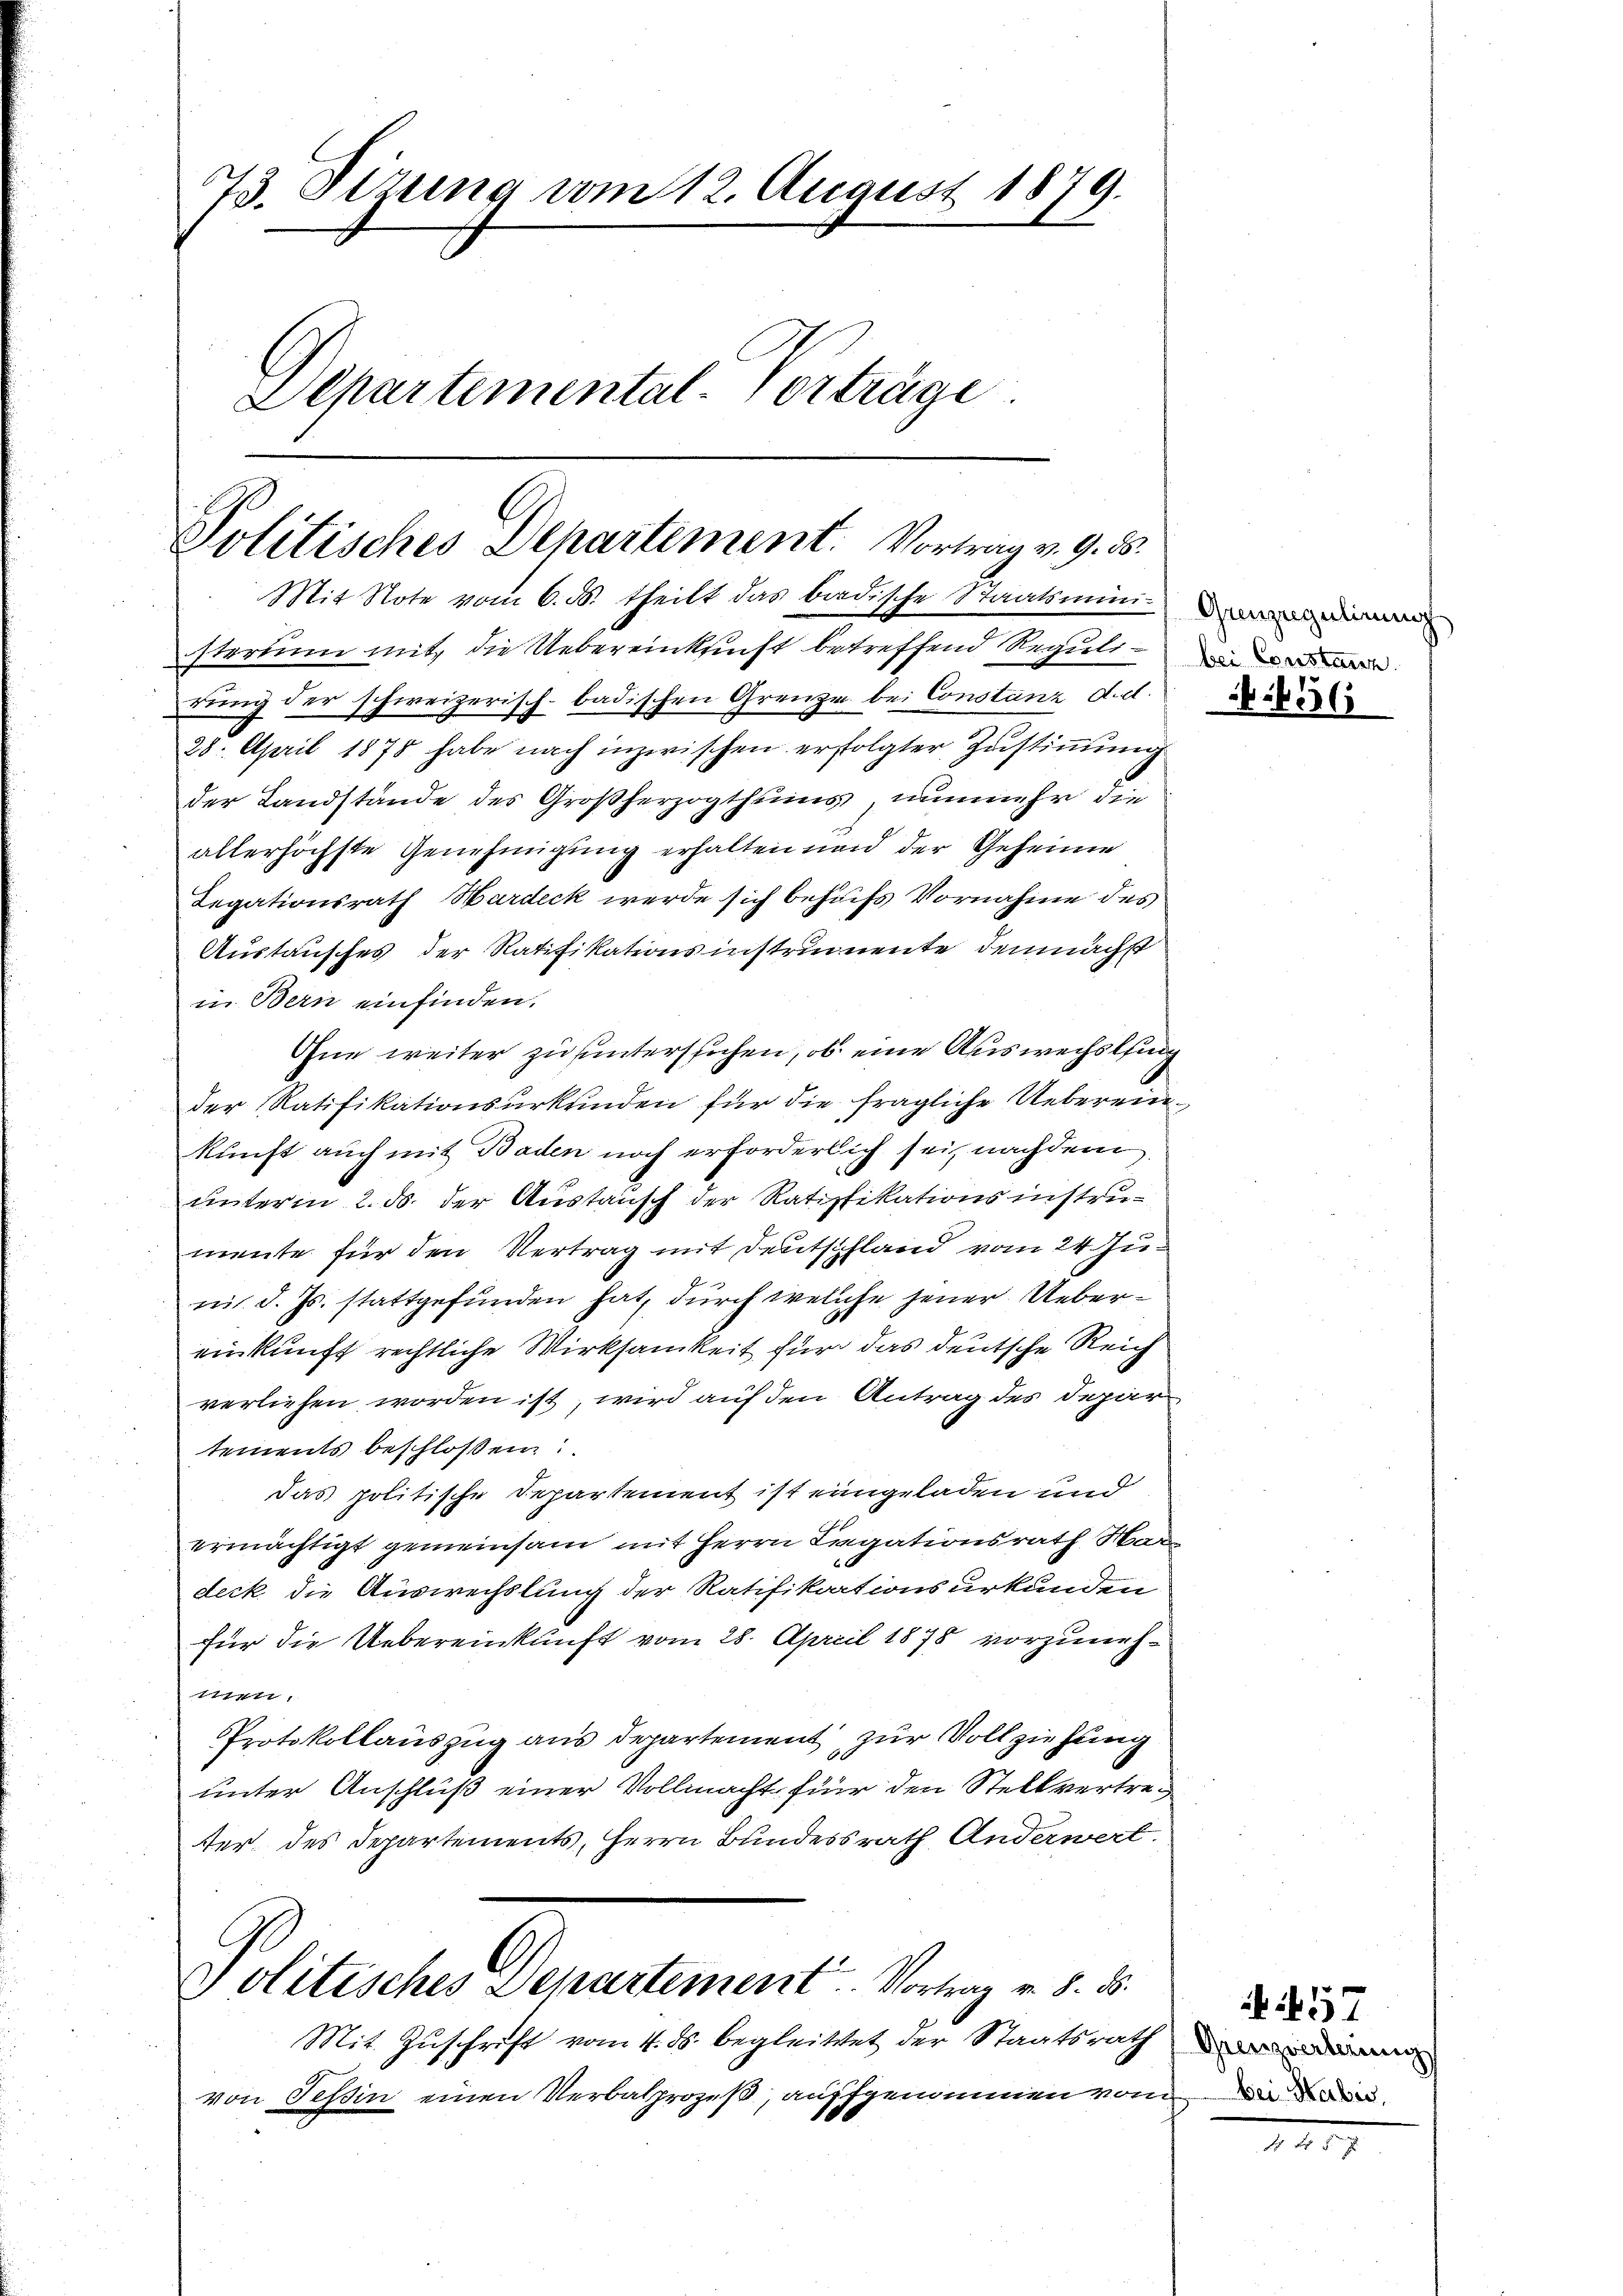
73. Sizung vom 12. August 1879.
Departemental-Verträge.

Politisches Dehartement. Vortrag v. 9. 55.
Mit Note vom 6. d. theilt das baadische Staatsmini¬

sterium mit, die Uebereinkunft betreffend Regulirung der schweizerisch-badischen Grenze bei Constanz d. d.
28. April 1878 habe nach inzwischen erfolgter Zustimmung
der Landstände des Großherzogthums, nunmehr die
allerhöchste Genehmigung erhalten und der Geheime
Legationsrath Hardeck werde sich behufs Vornahme des
Austausches der Ratifikationsinstrumente demnächst
in Bern einfinden.
Ohne weiter zu untersuchen, ob eine Auswechslung
der Ratifikationsurkunden für die fragliche Uebereinkunft auch mit Baden noch erforderlich sei, nachdem
unterm 2. ds. der Austausch der Ratifikationsinstrumente für den Vertrag mit Deutschland vom 24. Juni d. Js. stattgefunden hat, durch welche jener Uebereinkunft rechtliche Wirksamkeit für das deutsche Reich
verliehen worden ist, wird auf den Antrag des Depar
tements beschloßen:
das politische Departement ist eingeladen und
ermächtigt gemeinsam mit Herrn Irgationsrath Har
deck die Auswechslung der Ratifikationsurkunden
für die Uebereinkunft vom 28. April 1878 vorzuneh¬
1711,
Protokollauszug aus departement zur Vollziehung
unter Anschluß einer Vollmacht für den Stellvertreter des Departements, Herrn Bundesrath Anderwert.

Politisches Departement. Vortrag v. d. d.

Mit Zuschrift vom 4. ds. begleittet der Staatsrath
von Tessin einen Verbalprozeß, auffgenommen vom

636

Grenzwerterung

Ai457